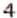
4